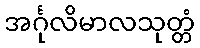
အင်္ဂုလိမာလသုတ္တံ